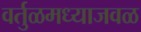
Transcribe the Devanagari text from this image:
वर्तुळमध्याजवळ